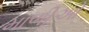
માળીઓ